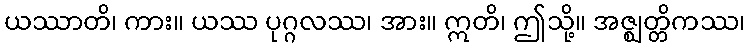
ယဿာတိ၊ ကား။ ယဿ ပုဂ္ဂလဿ၊ အား။ ဣတိ၊ ဤသို့။ အဇ္ဈတ္တိကဿ၊